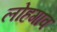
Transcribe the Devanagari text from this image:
लोहगांव